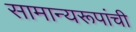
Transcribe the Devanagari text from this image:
सामान्यरूपांची